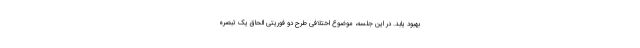
بهبود یابد. در این جلسه، موضوع اختلافی طرح دو فوریتی الحاق یک تبصره